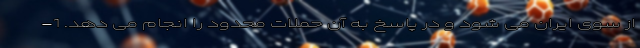
از سوی ایران می شود و در پاسخ به آن حملات محدود را انجام می دهد. 1-